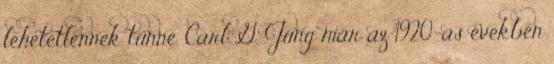
lehetetlennek tűnne. Carl G. Jung már az 1920-as években